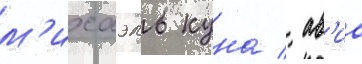
м'ихаэль куна / ав'иа